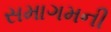
સમાગમની